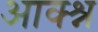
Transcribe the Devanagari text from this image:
आक्श्न